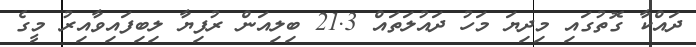
ދައްކާ ގޮތުގައި މިދިޔަ މަހު ދައުލަތައް 21.3 ބިލިއަން ރުފިޔާ ލިބިފައިވާއިރު މީގެ